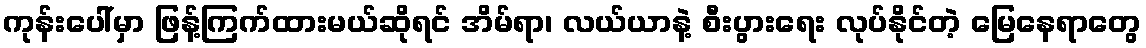
ကုန်းပေါ်မှာ ဖြန့်ကြက်ထားမယ်ဆိုရင် အိမ်ရာ၊ လယ်ယာနဲ့ စီးပွားရေး လုပ်နိုင်တဲ့ မြေနေရာတွေ